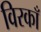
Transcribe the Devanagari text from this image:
विरकाँ